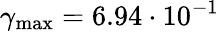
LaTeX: \gamma_{\textup{max}}=6.94\cdot 10^{-1}